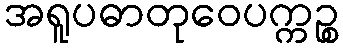
အရူပဓာတုဝေပက္ကဉ္စ